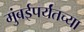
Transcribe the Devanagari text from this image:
मुंबईपर्यंतच्या